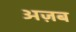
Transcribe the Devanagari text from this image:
अज़ब